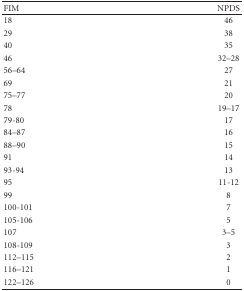
<table><thead><tr><td><b>FIM </b></td><td><b>NPDS</b></td></tr></thead><tbody><tr><td>18</td><td>46</td></tr><tr><td>29</td><td>38</td></tr><tr><td>40</td><td>35</td></tr><tr><td>46</td><td>32–28</td></tr><tr><td>56–64</td><td>27</td></tr><tr><td>69</td><td>21</td></tr><tr><td>75–77</td><td>20</td></tr><tr><td>78</td><td>19–17</td></tr><tr><td>79-80</td><td>17</td></tr><tr><td>84–87</td><td>16</td></tr><tr><td>88–90</td><td>15</td></tr><tr><td>91</td><td>14</td></tr><tr><td>93-94</td><td>13</td></tr><tr><td>95</td><td>11-12</td></tr><tr><td>99</td><td>8</td></tr><tr><td>100-101</td><td>7</td></tr><tr><td>105-106</td><td>5</td></tr><tr><td>107</td><td>3–5</td></tr><tr><td>108-109</td><td>3</td></tr><tr><td>112–115</td><td>2</td></tr><tr><td>116–121</td><td>1</td></tr><tr><td>122–126</td><td>0</td></tr></tbody></table>